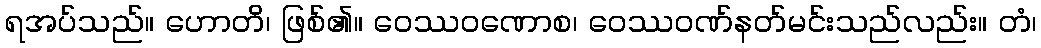
ရအပ်သည်။ ဟောတိ၊ ဖြစ်၏။ ဝေဿဝဏောစ၊ ဝေဿဝဏ်နတ်မင်းသည်လည်း။ တံ၊